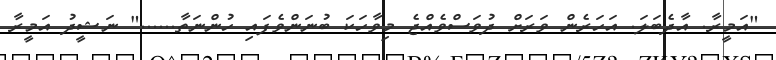
"އަމީރާ. އާދެބަލަ. އަހަރެން ވަރަށް ދުވަސްވެއްޖެ މިވާހަކަ ބުނަންވެފައި ހުންނަތާ......" ނަޝީދު އަމީރާ